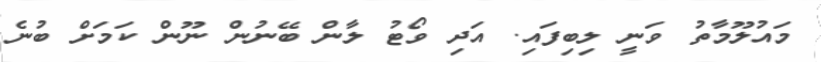
މައުލޫމާތު ވަނީ ލިބިފައި. އަދި ވޯޓު ލާން ބޭނުން ނޫން ކަމަށް ބުނެ